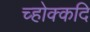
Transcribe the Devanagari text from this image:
च्होक्कदि